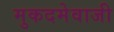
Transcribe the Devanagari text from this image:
मुकदमेवाजी